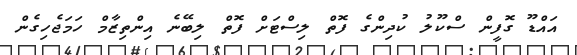
އައްޑޫ ގޮފީން ސްކޫލު ކުދިންގެ ފޮތް ލިސްޓަށް ފޮތް ލިބޭނެ އިންތިޒާމް ހަމަޖެހިގެން